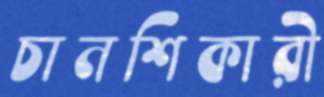
চানশিকারী